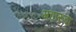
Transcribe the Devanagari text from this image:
महारुदा